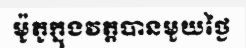
ម៉ូតូក្នុងវត្តបានមួយថ្ងៃ